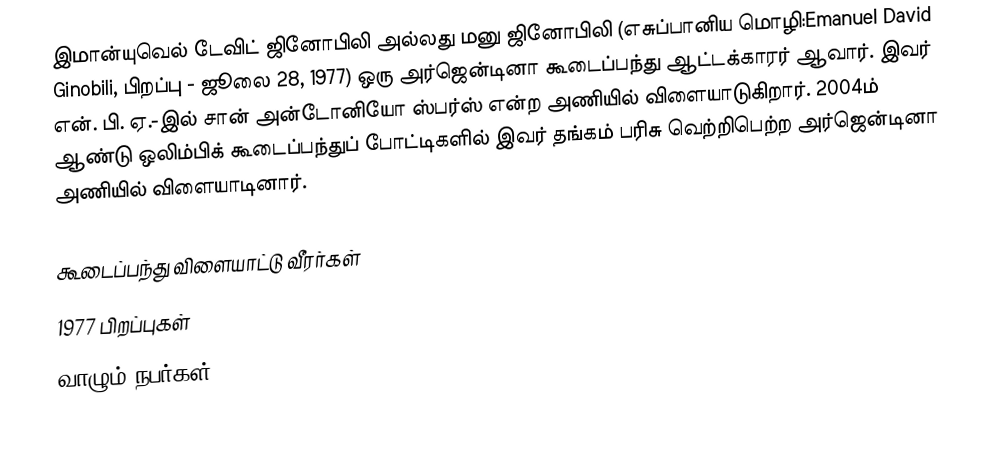
இமான்யுவெல் டேவிட் ஜினோபிலி அல்லது மனு ஜினோபிலி (எசுப்பானிய மொழி:Emanuel David Ginobili, பிறப்பு - ஜூலை 28, 1977) ஒரு அர்ஜென்டினா கூடைப்பந்து ஆட்டக்காரர் ஆவார். இவர் என். பி. ஏ.-இல் சான் அன்டோனியோ ஸ்பர்ஸ் என்ற அணியில் விளையாடுகிறார். 2004ம் ஆண்டு ஒலிம்பிக் கூடைப்பந்துப் போட்டிகளில் இவர் தங்கம் பரிசு வெற்றிபெற்ற அர்ஜென்டினா அணியில் விளையாடினார்.

கூடைப்பந்து விளையாட்டு வீரர்கள்
1977 பிறப்புகள்
வாழும் நபர்கள்